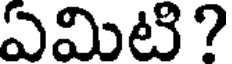
ఏమిటి?